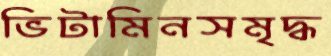
ভিটামিনসমৃদ্ধ